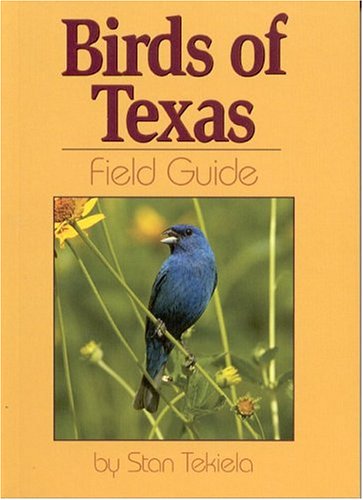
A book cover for Birds of Texas Field Guide; Stan Tekiela; Science & Math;